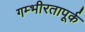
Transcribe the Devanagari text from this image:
गम्भीरतापूर्क